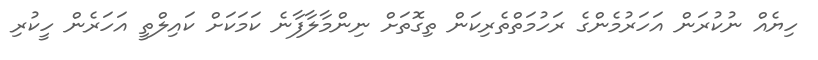
ހިޔެއް ނުކުރަން އަހަރުމެންގެ ރަހުމަތްތެރިކަން ތިގޮތަށް ނިންމާލާފާނެ ކަމަކަށް ކައިލްތީ އަހަރެން ހީކުރި